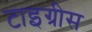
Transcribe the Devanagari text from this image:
टाइग्रीस